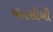
એનસીબી